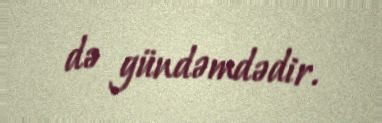
də gündəmdədir.